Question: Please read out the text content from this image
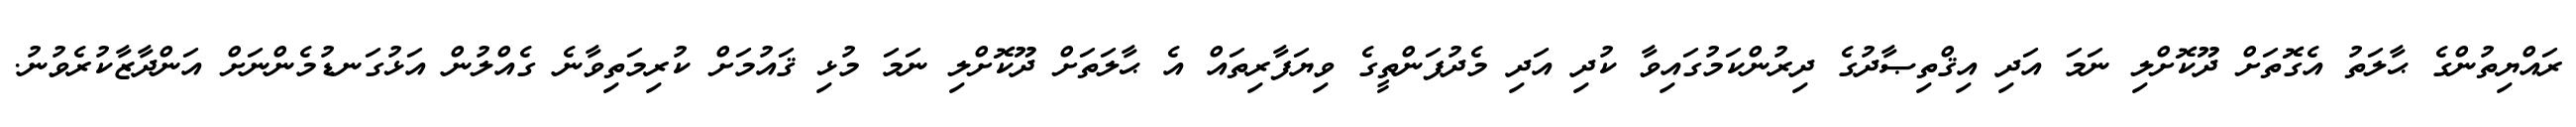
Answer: ރައްޔިތުންގެ ޙާލަތު އެގޮތަށް ދޫކޮށްލި ނަމަ އަދި އިޤްތިޞާދުގެ ދިރުންކަމުގައިވާ ކުދި އަދި މެދުފަންތީގެ ވިޔަފާރިތައް އެ ޙާލަތަށް ދޫކޮށްލި ނަމަ މުޅި ޤައުމަށް ކުރިމަތިވާނެ ގެއްލުން އަޅުގަނޑުމެންނަށް އަންދާޒާކުރެވުނު.